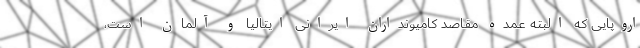
اروپایی که البته عمده مقاصد کامیونداران ایرانی ایتالیا و آلمان است،